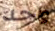
واحد